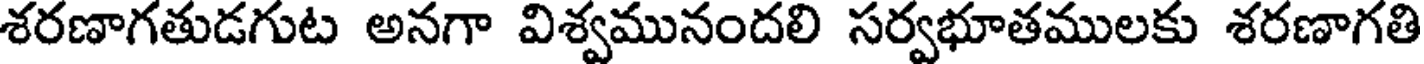
శరణాగతుడగుట అనగా విశ్వమునందలి సర్వభూతములకు శరణాగతి